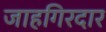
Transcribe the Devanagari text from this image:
जाहगिरदार